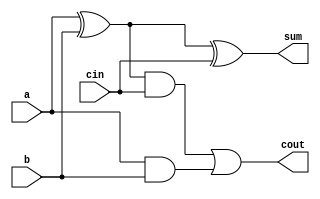
module full_adder(sum,cout,a,b,cin);
input a,b,cin;
output reg sum,cout;
always@(a,b,cin)
begin
 sum=a^b^cin;
 cout=(a^b)&cin|(a&b);
end
endmodule
module array_multiplier(a,b,p);
input [3:0]a;
input [3:0]b;
output[7:0]p;
wire w0,w1,w2,w3,w4,w5,w6,w7,w8,w9,w10,w11,w12,w13,w14,w15,w16,w17,w18,w19,w20,w21,w22,w23,w24,w25,w26,w27,w28,w29,w30,w31,w32;
and g0 (w0,a[3],b[0]);
and g1 (w1,a[2],b[0]);
and g2 (w2,a[1],b[0]);
and g3 (p[0],a[0],b[0]);
and g4 (w3,a[3],b[1]);
and g5 (w4,a[2],b[1]);
and g6 (w5,a[1],b[1]);
and g7 (w6,a[0],b[1]);
and g8 (w7,a[3],b[2]);
and g9 (w8,a[2],b[2]);
and g10 (w9,a[1],b[2]);
and g11 (w10,a[0],b[2]);
and g12 (w11,a[3],b[3]);
and g13 (w12,a[2],b[3]);
and g14 (w13,a[1],b[3]);
and g15 (w14,a[0],b[3]);
full_adder fa0(p[1],w15,w2,w6,1'b0);
full_adder fa1(w16,w17,w1,w5,1'b0);
full_adder fa2(p[2],w18,w16,w10,w15);
full_adder fa3(w19,w20,w0,w4,1'b0);
full_adder fa4(w21,w22,w19,w9,w17);
full_adder fa5(p[3],w23,w21,w14,w18);
full_adder fa6(w24,w25,w3,w8,w20);
full_adder fa7(w26,w27,w24,w13,w22);
full_adder fa8(p[4],w28,w26,w23,1'b0);
full_adder fa9(w29,w30,w7,w12,w25);
full_adder fa10(p[5],w31,w29,w28,w27);
full_adder fa11(p[6],p[7],w11,w31,w30);
endmodule